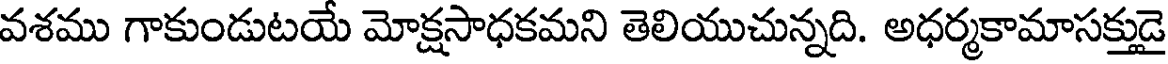
వశము గాకుండుటయే మోక్షసాధకమని తెలియుచున్నది. అధర్మకామాసక్తుడై